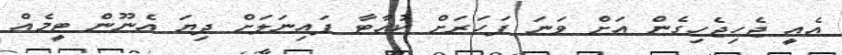
އެއީ ޖެހިޖެހިގެން އަށް ވަނަ ފަހަރަށް ކުއާޓާ ފައިނަލަށް ދިޔަ އެނޫން ޓީމެއް